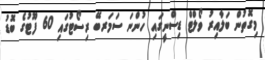
މިގޮތުން ބަލާއިރު ވޯލްޓް ޑިސްނީގައި ހުންނަ ސަމަރބޭ ރިސޯޓުގައި 60 ފޫޓުގެ ބޮޑު